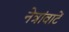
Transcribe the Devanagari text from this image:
नेत्रांवाटें